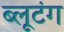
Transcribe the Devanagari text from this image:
ब्लूटंग